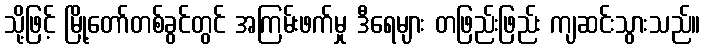
သို့ဖြင့် မြို့တော်တစ်ခွင်တွင် အကြမ်းဖက်မှု ဒီရေများ တဖြည်းဖြည်း ကျဆင်းသွားသည်။